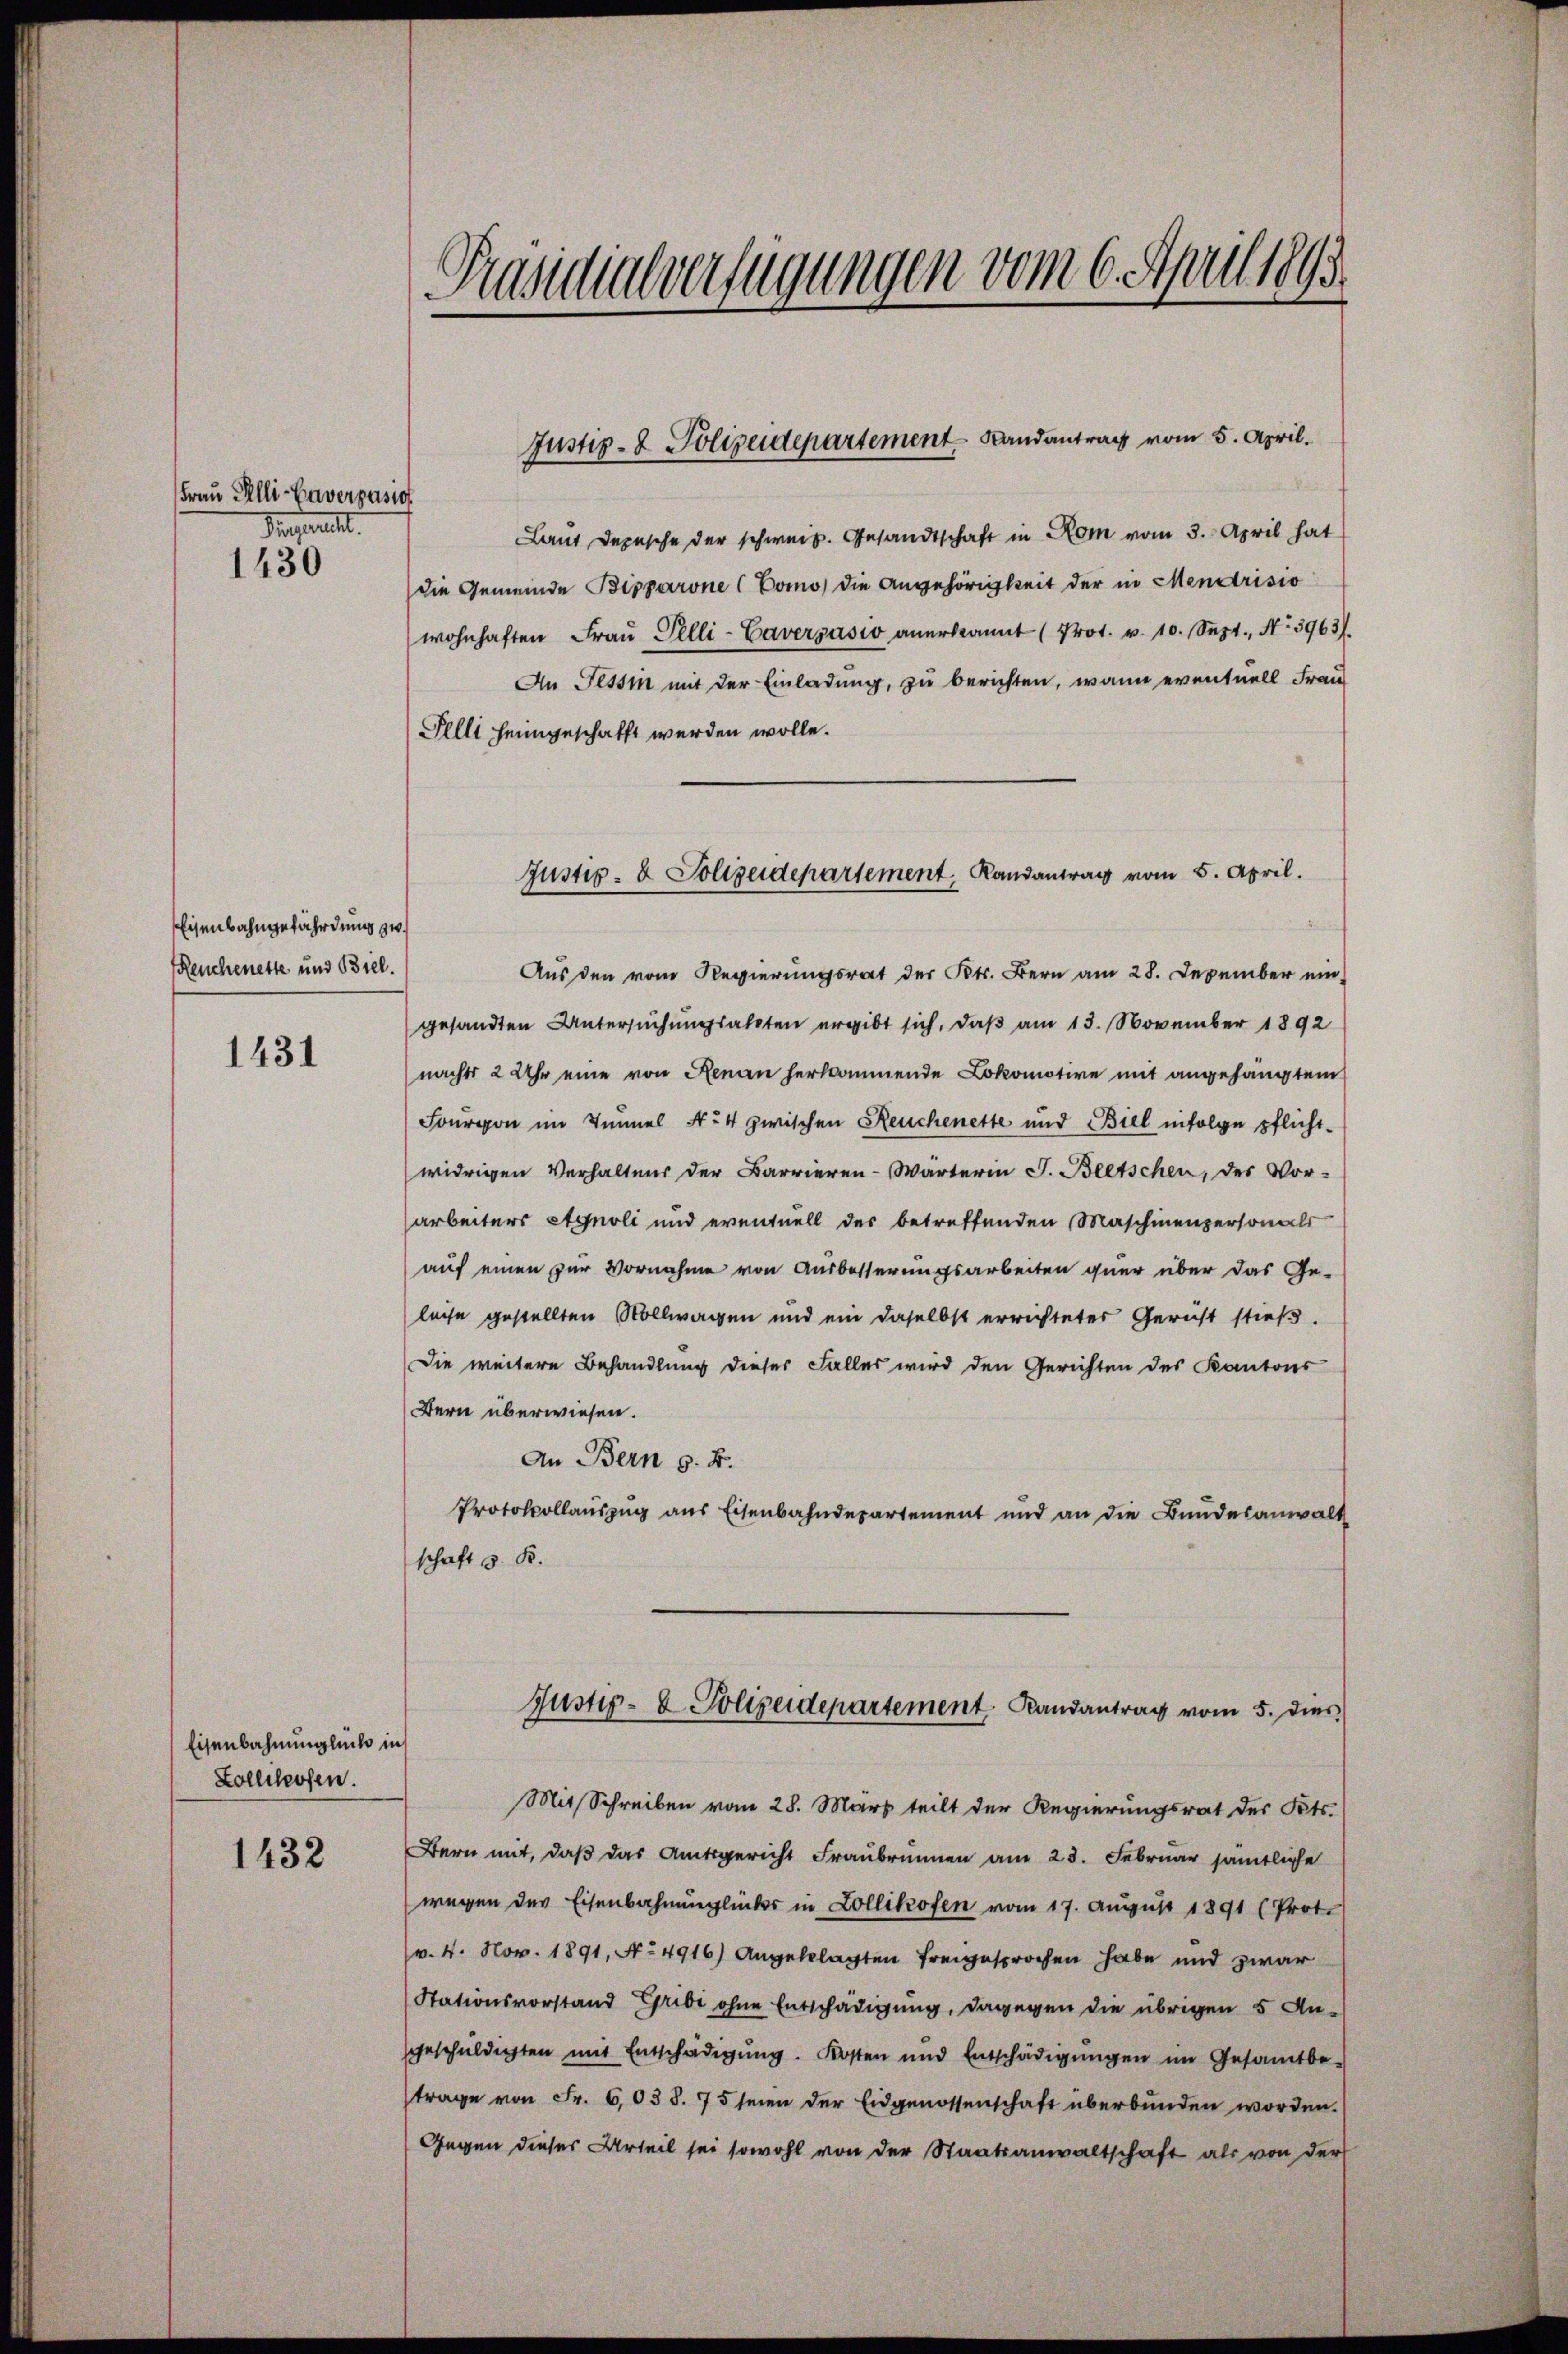
Frau Elli-Haverpasio
Perperlitt.
1430

Eisenbahngefährdung zw
Reuchenette und Biel.

1431

Eisenbahnunglück in
Zollikosen.

1432

Präsidialverfügungen vom 6. April 1891

Laut Depesche der schweiz. Gesandtschaft in Rom vom 3. April hat
die Gemeinde Bipparone (Como die Angehörigkeit der in Mendrisio
wohnhaften Fraŭ Pelli-Caversasio anerkannt (Prot. v. 10. Sept., No 3963.
An Tessin mit der Einladung, zu berichten, wann eventuell Frau
Pelli heimgeschafft werden wolle.
Aus den vom Regierŭngsrat des Kts. Bern am 28. Dezember ein
gesandten Untersuchungsakten ergibt sich, daß am 13. November 1892
nachts 2 Uhr eine von Renau herkommende Lokomotive mit angehängtem
Fourvon im Tunnel No 4 zwischen Reuchenette und Biel infolge pflicht-
widrigen Verhaltens der Barrieren-Wärterin J. Beetschen, der Vor-
arbeiters Agnoli und eventuell des betreffenden Maschinenpersonals
auf einen zur Vornahme von Ausbesserungsarbeiten quer über das Ge-
leise gestellten Mollwagen und ein daselbst errichteter Gericht stieß.
Die weitere Behandlung dieser Falles wird den Gerichten des Kantons
Bern überwiesen.
An Bern s. B.
Protokollauszug aus Eisenbahndepartement und an die Bundesanwalt
schaft z. B.
Justiz- & Polizeidepartement Landantrag vom 5. Dies
Mit Schreiben vom 28. März teilt der Regierungsrat des Kts.
Bern mit, daß das Amtsgericht Fraubrunn am 23. Februar sämtliche
wegen der Eisenbahnunglückes in Zollikofen vom 17. August 1891 (Prot.
v. 4. Nov. 1891, No 4916) Angeklagten freigesprochen habe und zwar
Stationsvorstand Gribi ohne Entschädigung, dagegen die übrigen 5 Ansgeschŭldigten mit Entschädigŭng. Kosten und Entschädigŭngen im Gesamtbe-
trage von Fr. 603 S. 75 seien der Eidgenossenschaft überbunden worden.
Gegen dieses Urteil sei sowohl von der Staatsanwaltschaft als von der

Justiz- & Polizeidepartement Landantrag vom 5. April.

Justiz- & Polizeidepartement, Randantrag vom 5. April.